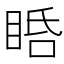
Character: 𥆠